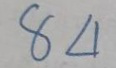
84